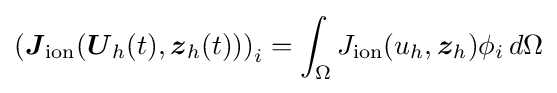
\left({\boldsymbol {J}}_{\text{ion}}({\boldsymbol {U}}_{h}(t),{\boldsymbol {z}}_{h}(t))\right)_{i}=\int _{\Omega }J_{\text{ion}}(u_{h},{\boldsymbol {z}}_{h})\phi _{i}\,d\Omega